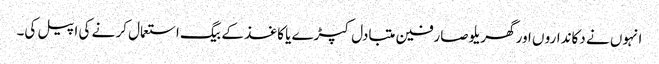
انہوں نے دکاندارو ں اور گھریلو صارفین متبادل کپڑے یا کاغذ کے بیگ استعمال کر نے کی اپیل کی۔